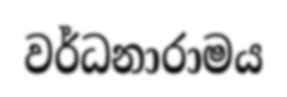
වර්ධනාරාමය